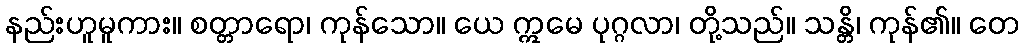
နည်းဟူမူကား။ စတ္တာရော၊ ကုန်သော။ ယေ ဣမေ ပုဂ္ဂလာ၊ တို့သည်။ သန္တိ၊ ကုန်၏။ တေ